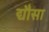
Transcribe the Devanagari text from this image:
द्यौसा